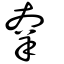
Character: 羍